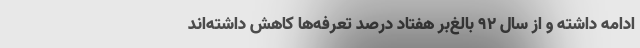
ادامه داشته و از سال ۹۲ بالغ‌بر هفتاد درصد تعرفه‌ها کاهش داشته‌اند